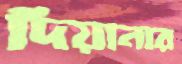
দিয়ানার